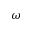
\omega